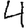
Digit: 4